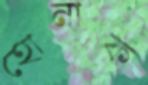
হোনাফ